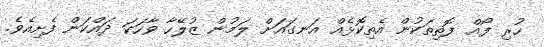
ހުރި ފޯއް ފޮތިތަކުން އެތިކޮޅެއް އަނގައަށް ލަމުން ޒުލޭހާ ވާހަކަ ދައްކަން ފެށިއެވެ.